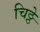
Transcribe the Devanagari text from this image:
चिठ्ठे